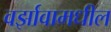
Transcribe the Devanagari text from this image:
वर्झावामधील